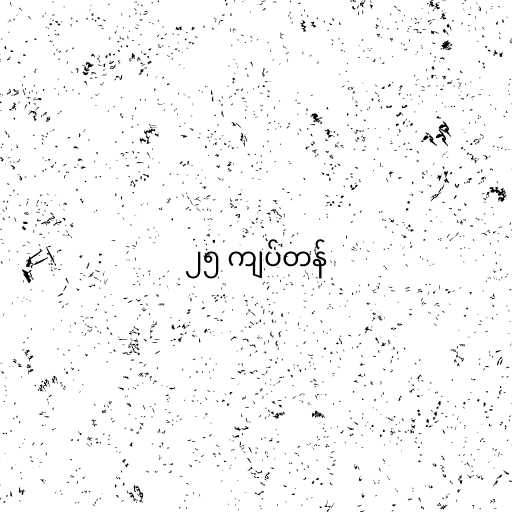
၂၅ ကျပ်တန်